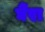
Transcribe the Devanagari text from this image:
र्घैंरा